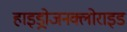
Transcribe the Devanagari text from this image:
हाइड्रोजनक्लोराइड